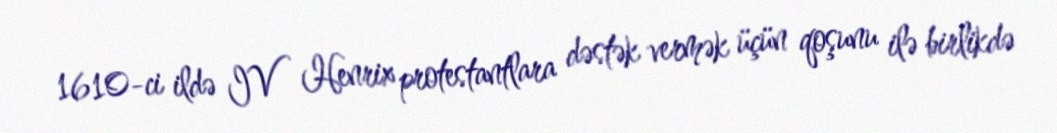
1610-ci ildə IV Henrix protestantlara dəstək vermək üçün qoşunu ilə birlikdə